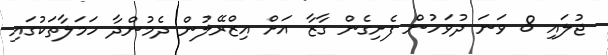
ޖުލައި 8 ވަނަ ދުވަހުން ފެށިގެން ގާޒާ އަށް އިޒްރޭލުން ދެމުންދާ ހަމަލާތަކުގައި